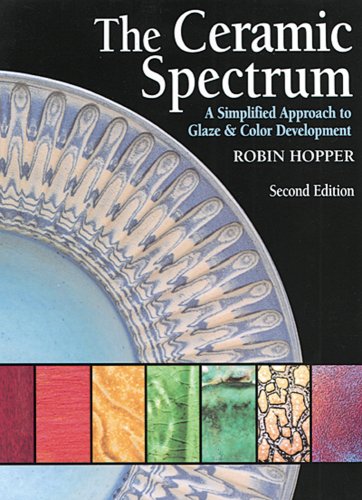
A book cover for The Ceramic Spectrum; Robin Hopper; Crafts, Hobbies & Home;